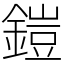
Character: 鎧